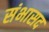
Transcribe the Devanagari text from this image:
संभासद